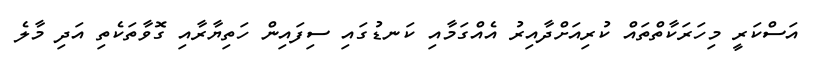
އަަސްކަރީ މިހަރަކާތްތައް ކުރިއަށްދާއިރު އެއްގަމާއި ކަނޑުގައި ސިފައިން ހަތިޔާރާއި ގޮވާތަކެތި އަދި މާލެ